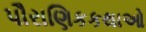
પૌરાણિકકથાઓ